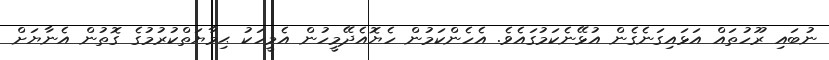
ނުބައި ރޫހުތައް އަޅައިގަނެގެން އުޅޭނެކަމުގައެވެ. އެހެންކަމުން ހެޔޮއެދޭމީހުން އެމީހަކު ޙިމާޔަތްކުރުމުގެ ގޮތުން އެނާޔަށް